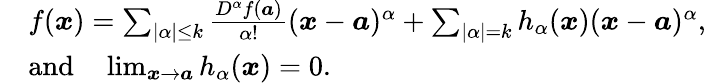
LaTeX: {\begin{array}{rl}&{f({\boldsymbol{x}})=\sum_{|\alpha|\leq k}{\frac{D^{\alpha}f({\boldsymbol{a}})}{\alpha!}}({\boldsymbol{x}}-{\boldsymbol{a}})^{\alpha}+\sum_{|\alpha|=k}h_{\alpha}({\boldsymbol{x}})({\boldsymbol{x}}-{\boldsymbol{a}})^{\alpha},}\\ &{{\mathrm{and}}\quad\operatorname*{lim}_{{\boldsymbol{x}}\to{\boldsymbol{a}}}h_{\alpha}({\boldsymbol{x}})=0.}\end{array}}